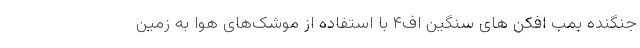
جنگنده بمب افکن های سنگین اف۴ با استفاده از موشک‌های هوا به زمین